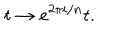
LaTeX: t \rightarrow e ^ { 2 \pi i / n } t .